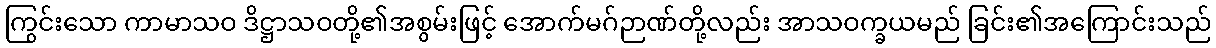
ကြွင်းသော ကာမာသဝ ဒိဋ္ဌာသဝတို့၏အစွမ်းဖြင့် အောက်မဂ်ဉာဏ်တို့လည်း အာသဝက္ခယမည် ခြင်း၏အကြောင်းသည်